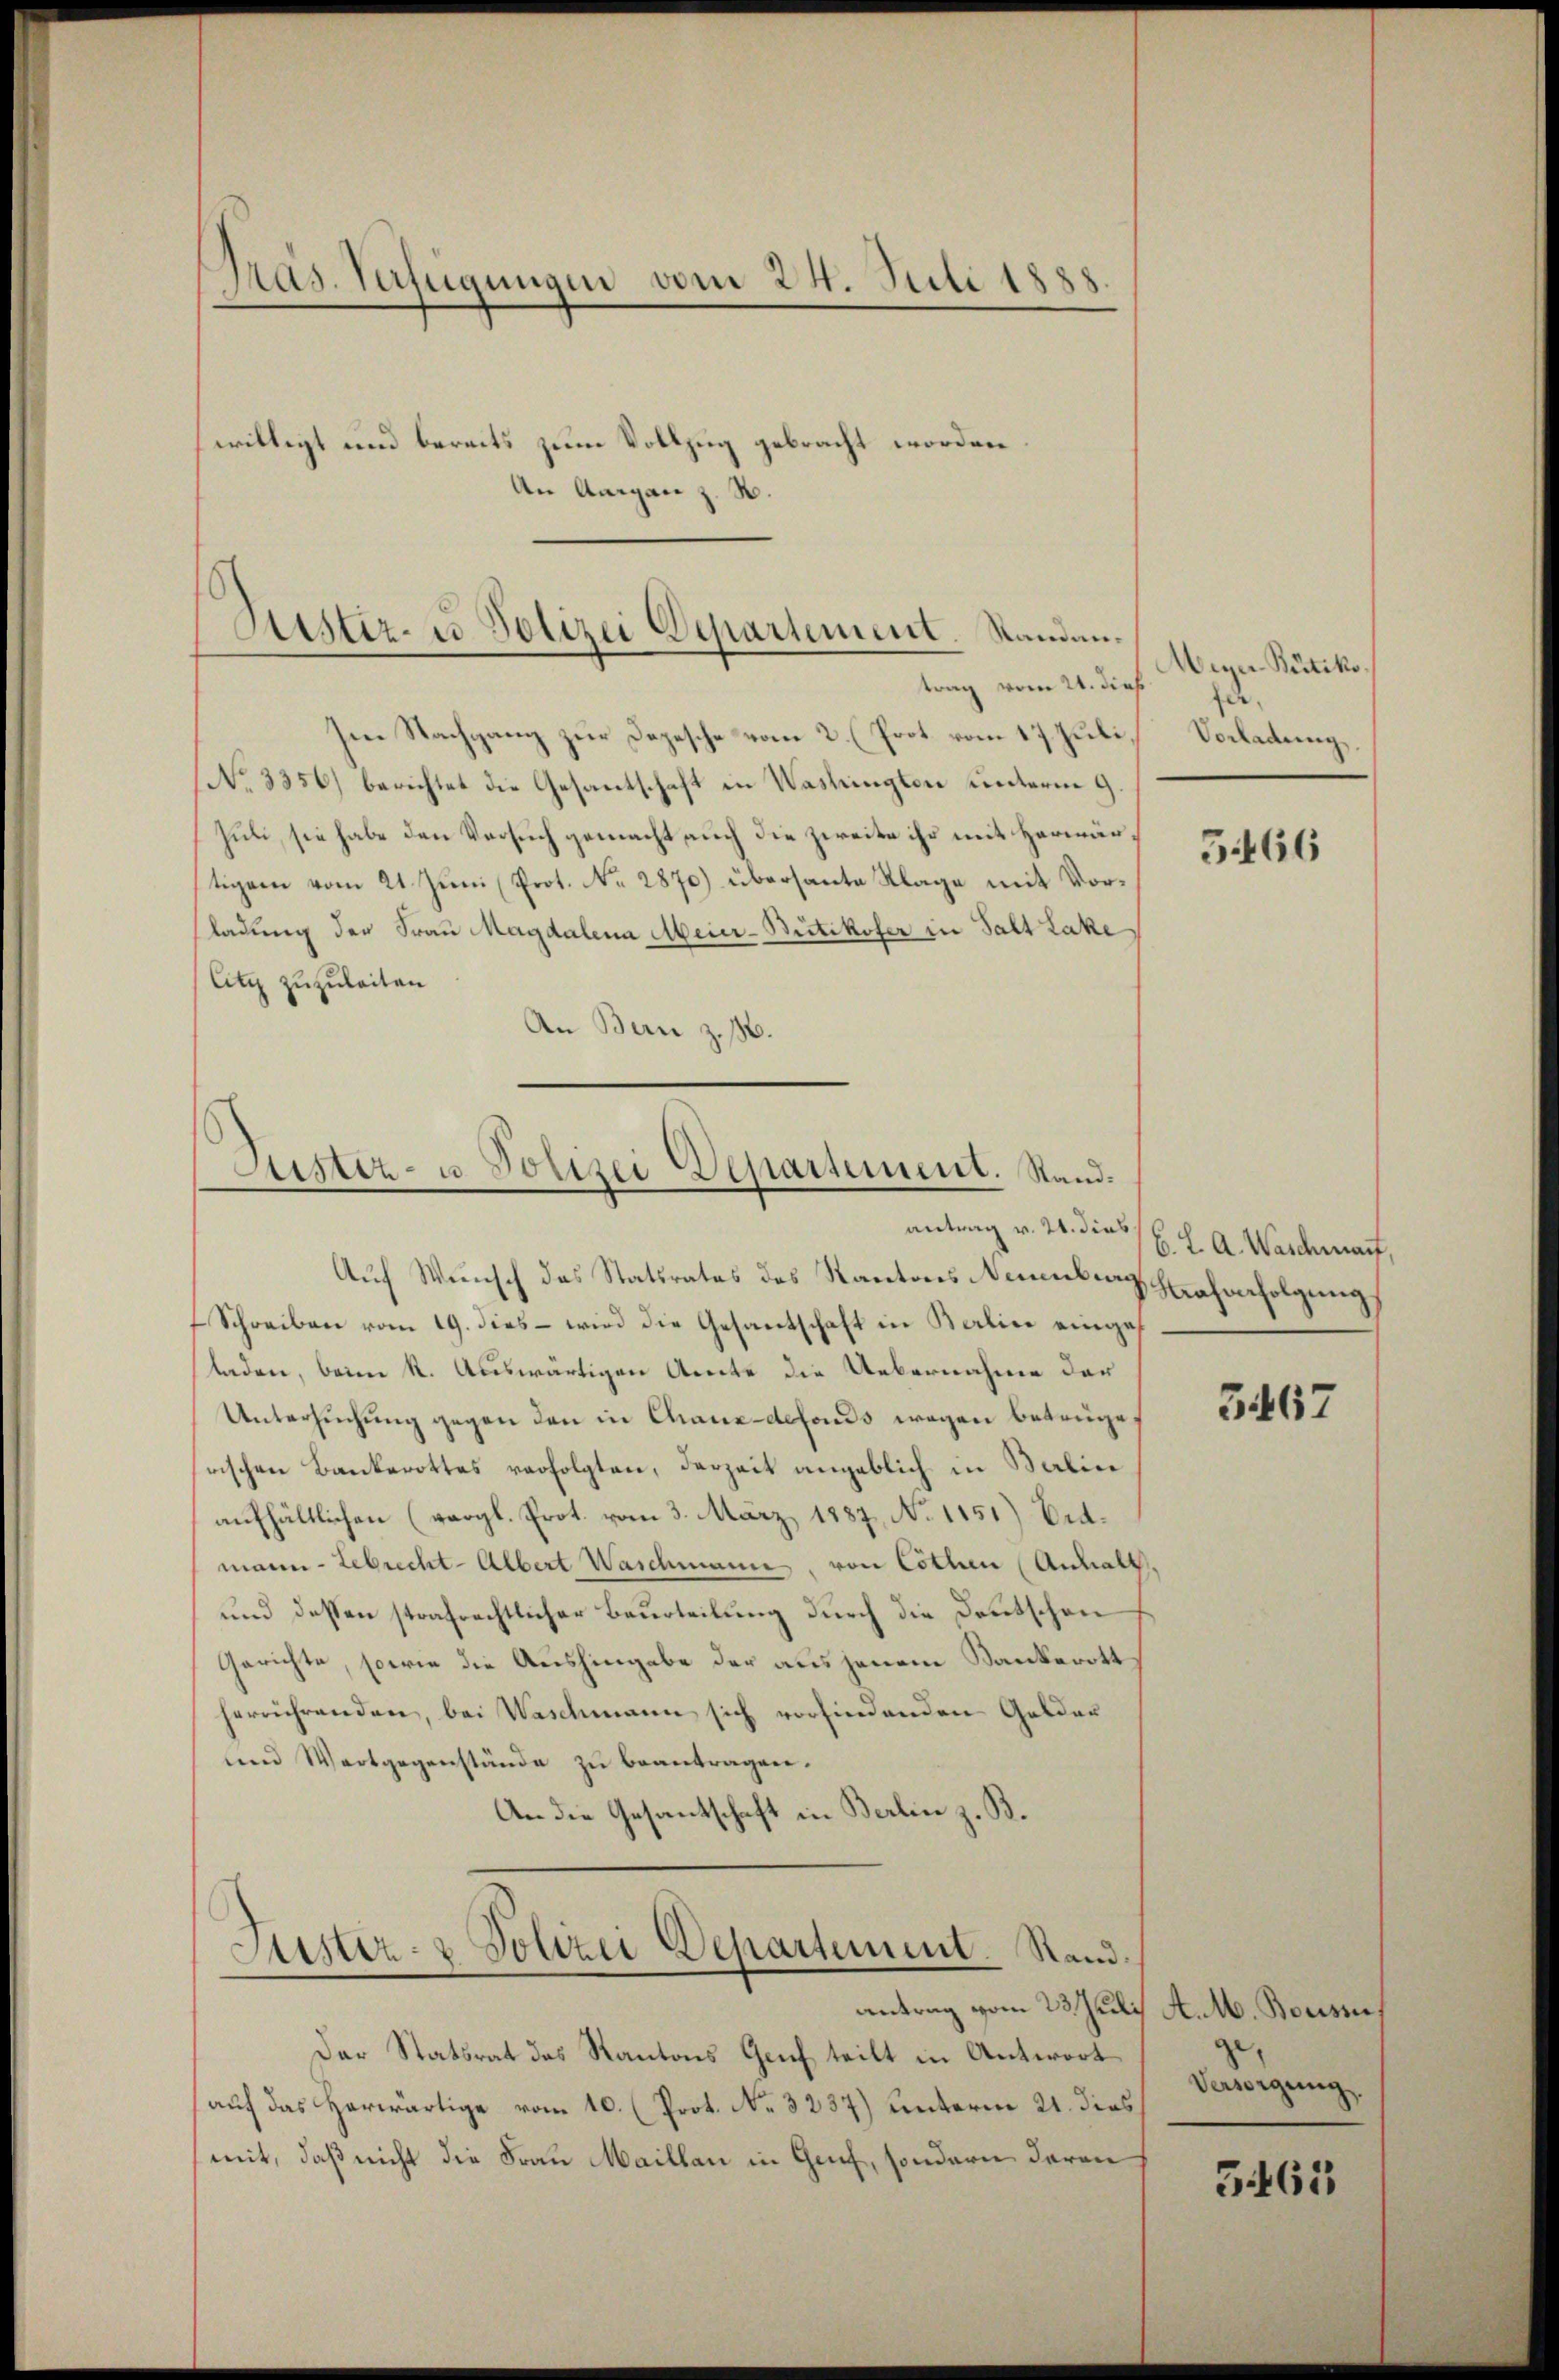
Im Nachgang zur Depesche vom 2. (Prot. vom 17. Juli
No 3356) berichtet die Gesantschaft in Washingten unterm 9
Juli, sie habe den Versuch gemacht auch die zweite ihr mit Herwärtigem vom 21. Juni (Prot. No. 2870) übersante Klage mit Vorladung der Frau Magdalena Meier-Büttikofer in Salt Lake
Citz zuzuleiten
An Bern z. B.

Pras. Verfügungen vom 24. Juli 1888
evillegt und bereits zum Vollzug gebracht worden
An
Anga

Zustiz- u Polizei Departement. Standantrag vom 21. dies

Justiz- u Polizei Departement. Stand.
antrag v. 21. dies

Auf Wunsch des Statsrates des Kantons Neuenburg Krafverfolgung
Schreiben vom 19. dies – wird die Gesantschaft in Baline eingesladen, beim k. Auswärtigen Amte die Uebernahme der
Untersuchung gegen den in Chaux-defonds wegen betrüge,
rischen Bankerottes verfolgten, derzeit angeblich in Balin
aufhältlichen (vergl. Prot. vom 3. März 1887, No 1151) Eidmann- Gebrecht-Albert Waschmann, von Cothen (Anhalt
und dessen strafrechtlicher Beurteilung durch die Deutschen
Gerichte, sowie die Aushingabe der aus jenem Bankerott
herrührenden, bei Waschmann sich vorfindenden Gelder
und Wortgegenstände zu beantragen.
An die Gesantschaft in Berlin z. B.
Justiz- & Polizei Departement. Standantrag vom 23. Juli A. M. Bouisse
Der Statsrat des Kantons Genf teilt in Antwort
(auf das Herwärtige vom 10. (Prot. No. 3237) unterm 21. dies
mit, daß nicht die Frau Maillau in Genf, sondern daran

Meyer Büttiko
fer,
Vorladung

5466

6. L. A. Waschwart,

3467

Versorgung.

3463